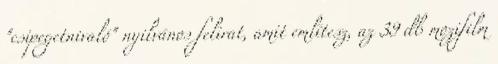
"csipegetnivaló" nyilvános felirat, amit említesz, az 39 db mozifilm